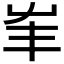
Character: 𡴇